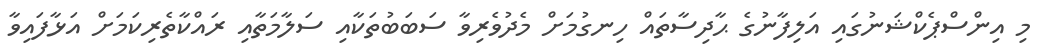
މި އިންސްޕެކްޝަނުގައި އަލިފާނުގެ ޙާދިސާތައް ހިނގުމަށް މެދުވެރިވާ ސަބަބުތަކާއި ސަލާމަތާއި ރައްކާތެރިކަމަށް އަޅާފައިވާ